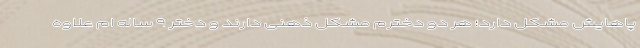
پاهایش مشکل دارد؛ هر دو دخترم مشکل ذهنی دارند و دختر ۹ ساله ام علاوه